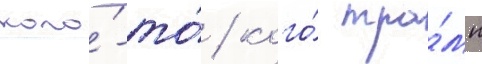
кого́-то́ / кого́ тра́мп